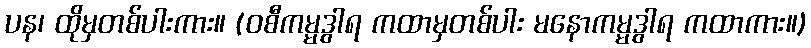
ပန၊ ထိုမှတစ်ပါးကား။ (ဝစီကမ္မဒွါရ ကထာမှတစ်ပါး မနောကမ္မဒွါရ ကထာကား။)